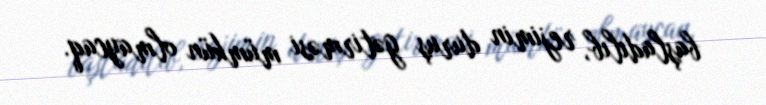
başladılıb, rejimin duruş gətirməsi mümkün olmaycaq.